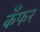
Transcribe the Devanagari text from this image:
कँफर